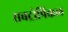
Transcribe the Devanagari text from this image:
सबट्रोपिकल